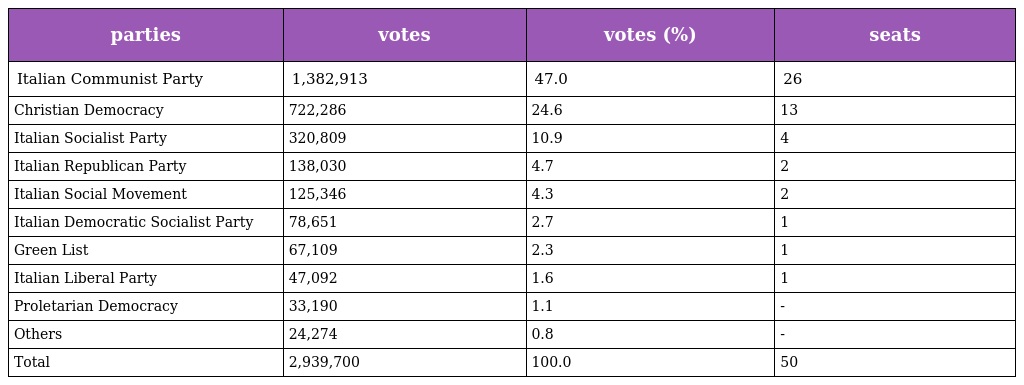
| parties | votes | votes (%) | seats |
 | --- | --- | --- | --- |
 | Italian Communist Party | 1,382,913 | 47.0 | 26 |
 | Christian Democracy | 722,286 | 24.6 | 13 |
 | Italian Socialist Party | 320,809 | 10.9 | 4 |
 | Italian Republican Party | 138,030 | 4.7 | 2 |
 | Italian Social Movement | 125,346 | 4.3 | 2 |
 | Italian Democratic Socialist Party | 78,651 | 2.7 | 1 |
 | Green List | 67,109 | 2.3 | 1 |
 | Italian Liberal Party | 47,092 | 1.6 | 1 |
 | Proletarian Democracy | 33,190 | 1.1 | - |
 | Others | 24,274 | 0.8 | - |
 | Total | 2,939,700 | 100.0 | 50 |